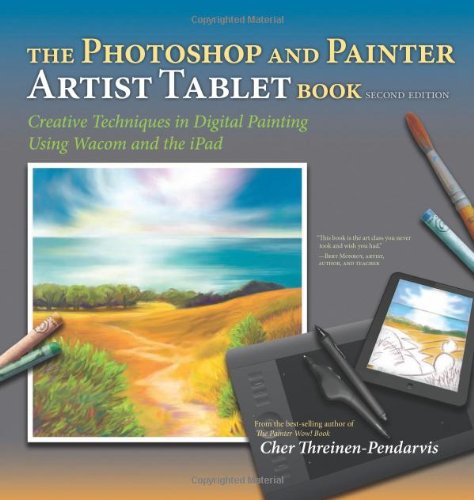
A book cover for The Photoshop and Painter Artist Tablet Book: Creative Techniques in Digital Painting Using Wacom and the iPad (2nd Edition); Cher Threinen-Pendarvis; Computers & Technology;